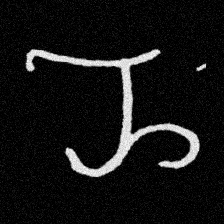
Pyu character \u2014 Myanmar letter: ည (romanized: nya)